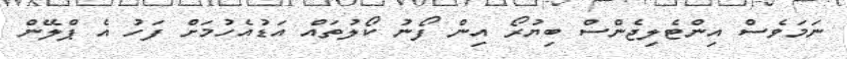
ނަމަވެސް އިންޓެލިޖެންސް ބިޔުރޯ އިން ފޯނު ކޯލުތައް އަޑުއެހުމަށް ފަހު އެ ޕްލޭން